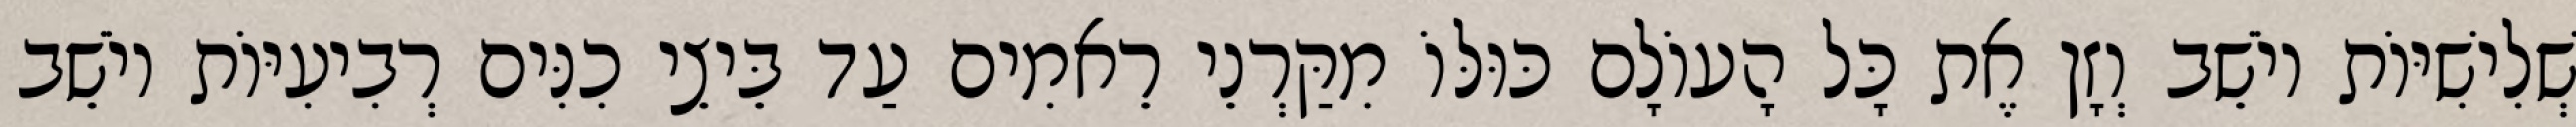
שְׁלִישִׁיּוֹת יוֹשֵׁב וְזָן אֶת כָּל הָעוֹלָם כּוּלּוֹ מִקַּרְנֵי רֵאמִים עַד בֵּיצֵי כִנִּים רְבִיעִיּוֹת יוֹשֵׁב